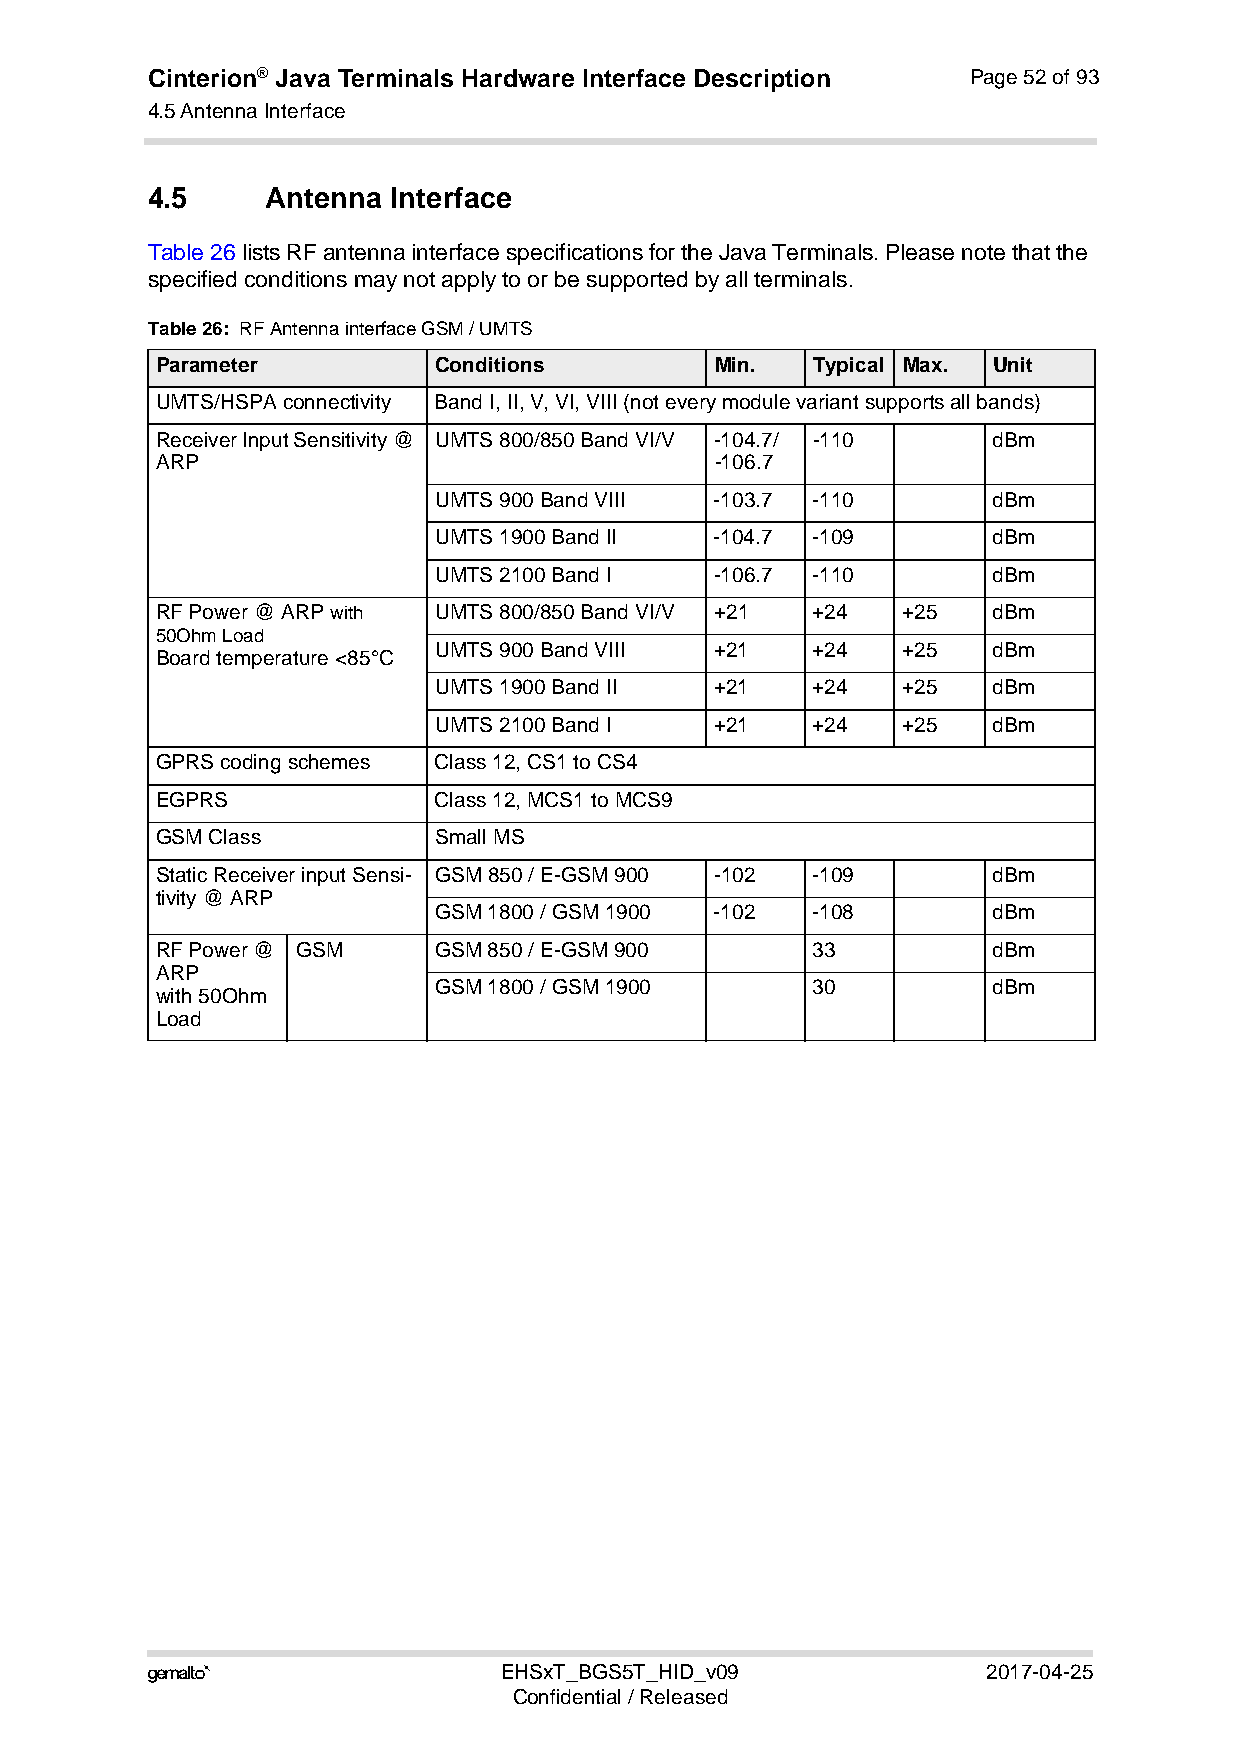
Cinterion® Java Terminals Hardware Interface Description Page 52 of 93
 4.5 Antenna Interface
 54
 4.5     Antenna Interface
 Table 26 lists RF antenna interface specifications for the Java Terminals. Please note that the
 specified conditions may not apply to or be supported by all terminals.
 Table 26: RF Antenna interface GSM / UMTS
 Parameter          Conditions        Min.   Typical Max. Unit
 UMTS/HSPA connectivity Band I, II, V, VI, VIII (not every module variant supports all bands)
 Receiver Input Sensitivity @ UMTS 800/850 Band VI/V -104.7/ -110 dBm
 ARP                                  -106.7
 UMTS 900 Band VIII -103.7 -110       dBm
 UMTS 1900 Band II -104.7 -109        dBm
 UMTS 2100 Band I  -106.7 -110        dBm
 RF Power @ ARP with UMTS 800/850 Band VI/V +21 +24 +25  dBm
 50Ohm Load
 UMTS 900 Band VIII +21   +24   +25   dBm
 Board temperature <85°C
 UMTS 1900 Band II +21    +24   +25   dBm
 UMTS 2100 Band I  +21    +24   +25   dBm
 GPRS coding schemes Class 12, CS1 to CS4
 EGPRS              Class 12, MCS1 to MCS9
 GSM Class          Small MS
 Static Receiver input Sensi- GSM 850 / E-GSM 900 -102 -109 dBm
 tivity @ ARP
 GSM 1800 / GSM 1900 -102 -108        dBm
 RF Power @ GSM     GSM 850 / E-GSM 900      33          dBm
 ARP
 GSM 1800 / GSM 1900      30          dBm
 with 50Ohm
 Load
                       EHSxT_BGS5T_HID_v09             2017-04-25
 Confidential / Released